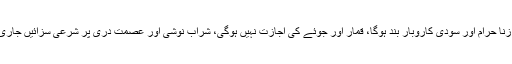
شراب ممنوع، زنا حرام اور سودی کاروبار بند ہوگا، قمار اور جوئے کی اجازت نہیں ہوگی، شراب نوشی اور عصمت دری پر شرعی سزائیں جاری کی جائیں گی۔